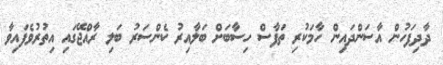
ދާދިފަހުން އާސަންދައިން ހާމަކުރި ތަފާސް ހިސާބަށް ބަލާއިރު ކެންސަރު ބަލި ރާއްޖޭގައި އިތުރުވެފައިވާ